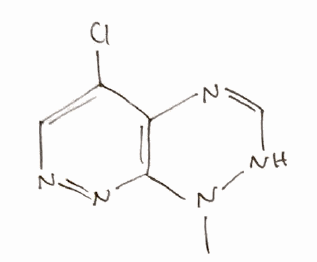
Simplified molecular-input line-entry system (SMILES) notation of the given molecule:
CN1C2=C(C(=CN=N2)Cl)N=CN1